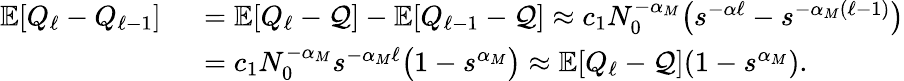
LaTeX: \begin{array}{rl}{{\mathbb{E}}[Q_{\ell}-Q_{\ell-1}]}&{\ ={\mathbb{E}}[Q_{\ell}-{\mathcal{Q}}]-{\mathbb{E}}[Q_{\ell-1}-{\mathcal{Q}}]\approx c_{1}N_{0}^{-\alpha_{M}}\big(s^{-\alpha\ell}-s^{-\alpha_{M}(\ell-1)}\big)}\\ &{\ =c_{1}N_{0}^{-\alpha_{M}}s^{-\alpha_{M}\ell}\big(1-s^{\alpha_{M}}\big)\approx{\mathbb{E}}[Q_{\ell}-{\mathcal{Q}}](1-s^{\alpha_{M}}).}\end{array}